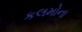
કલમોના